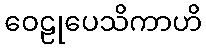
ဝေဠုပေသိကာဟိ